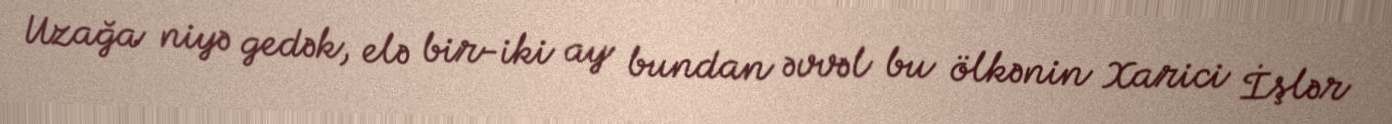
Uzağa niyə gedək, elə bir-iki ay bundan əvvəl bu ölkənin Xarici İşlər